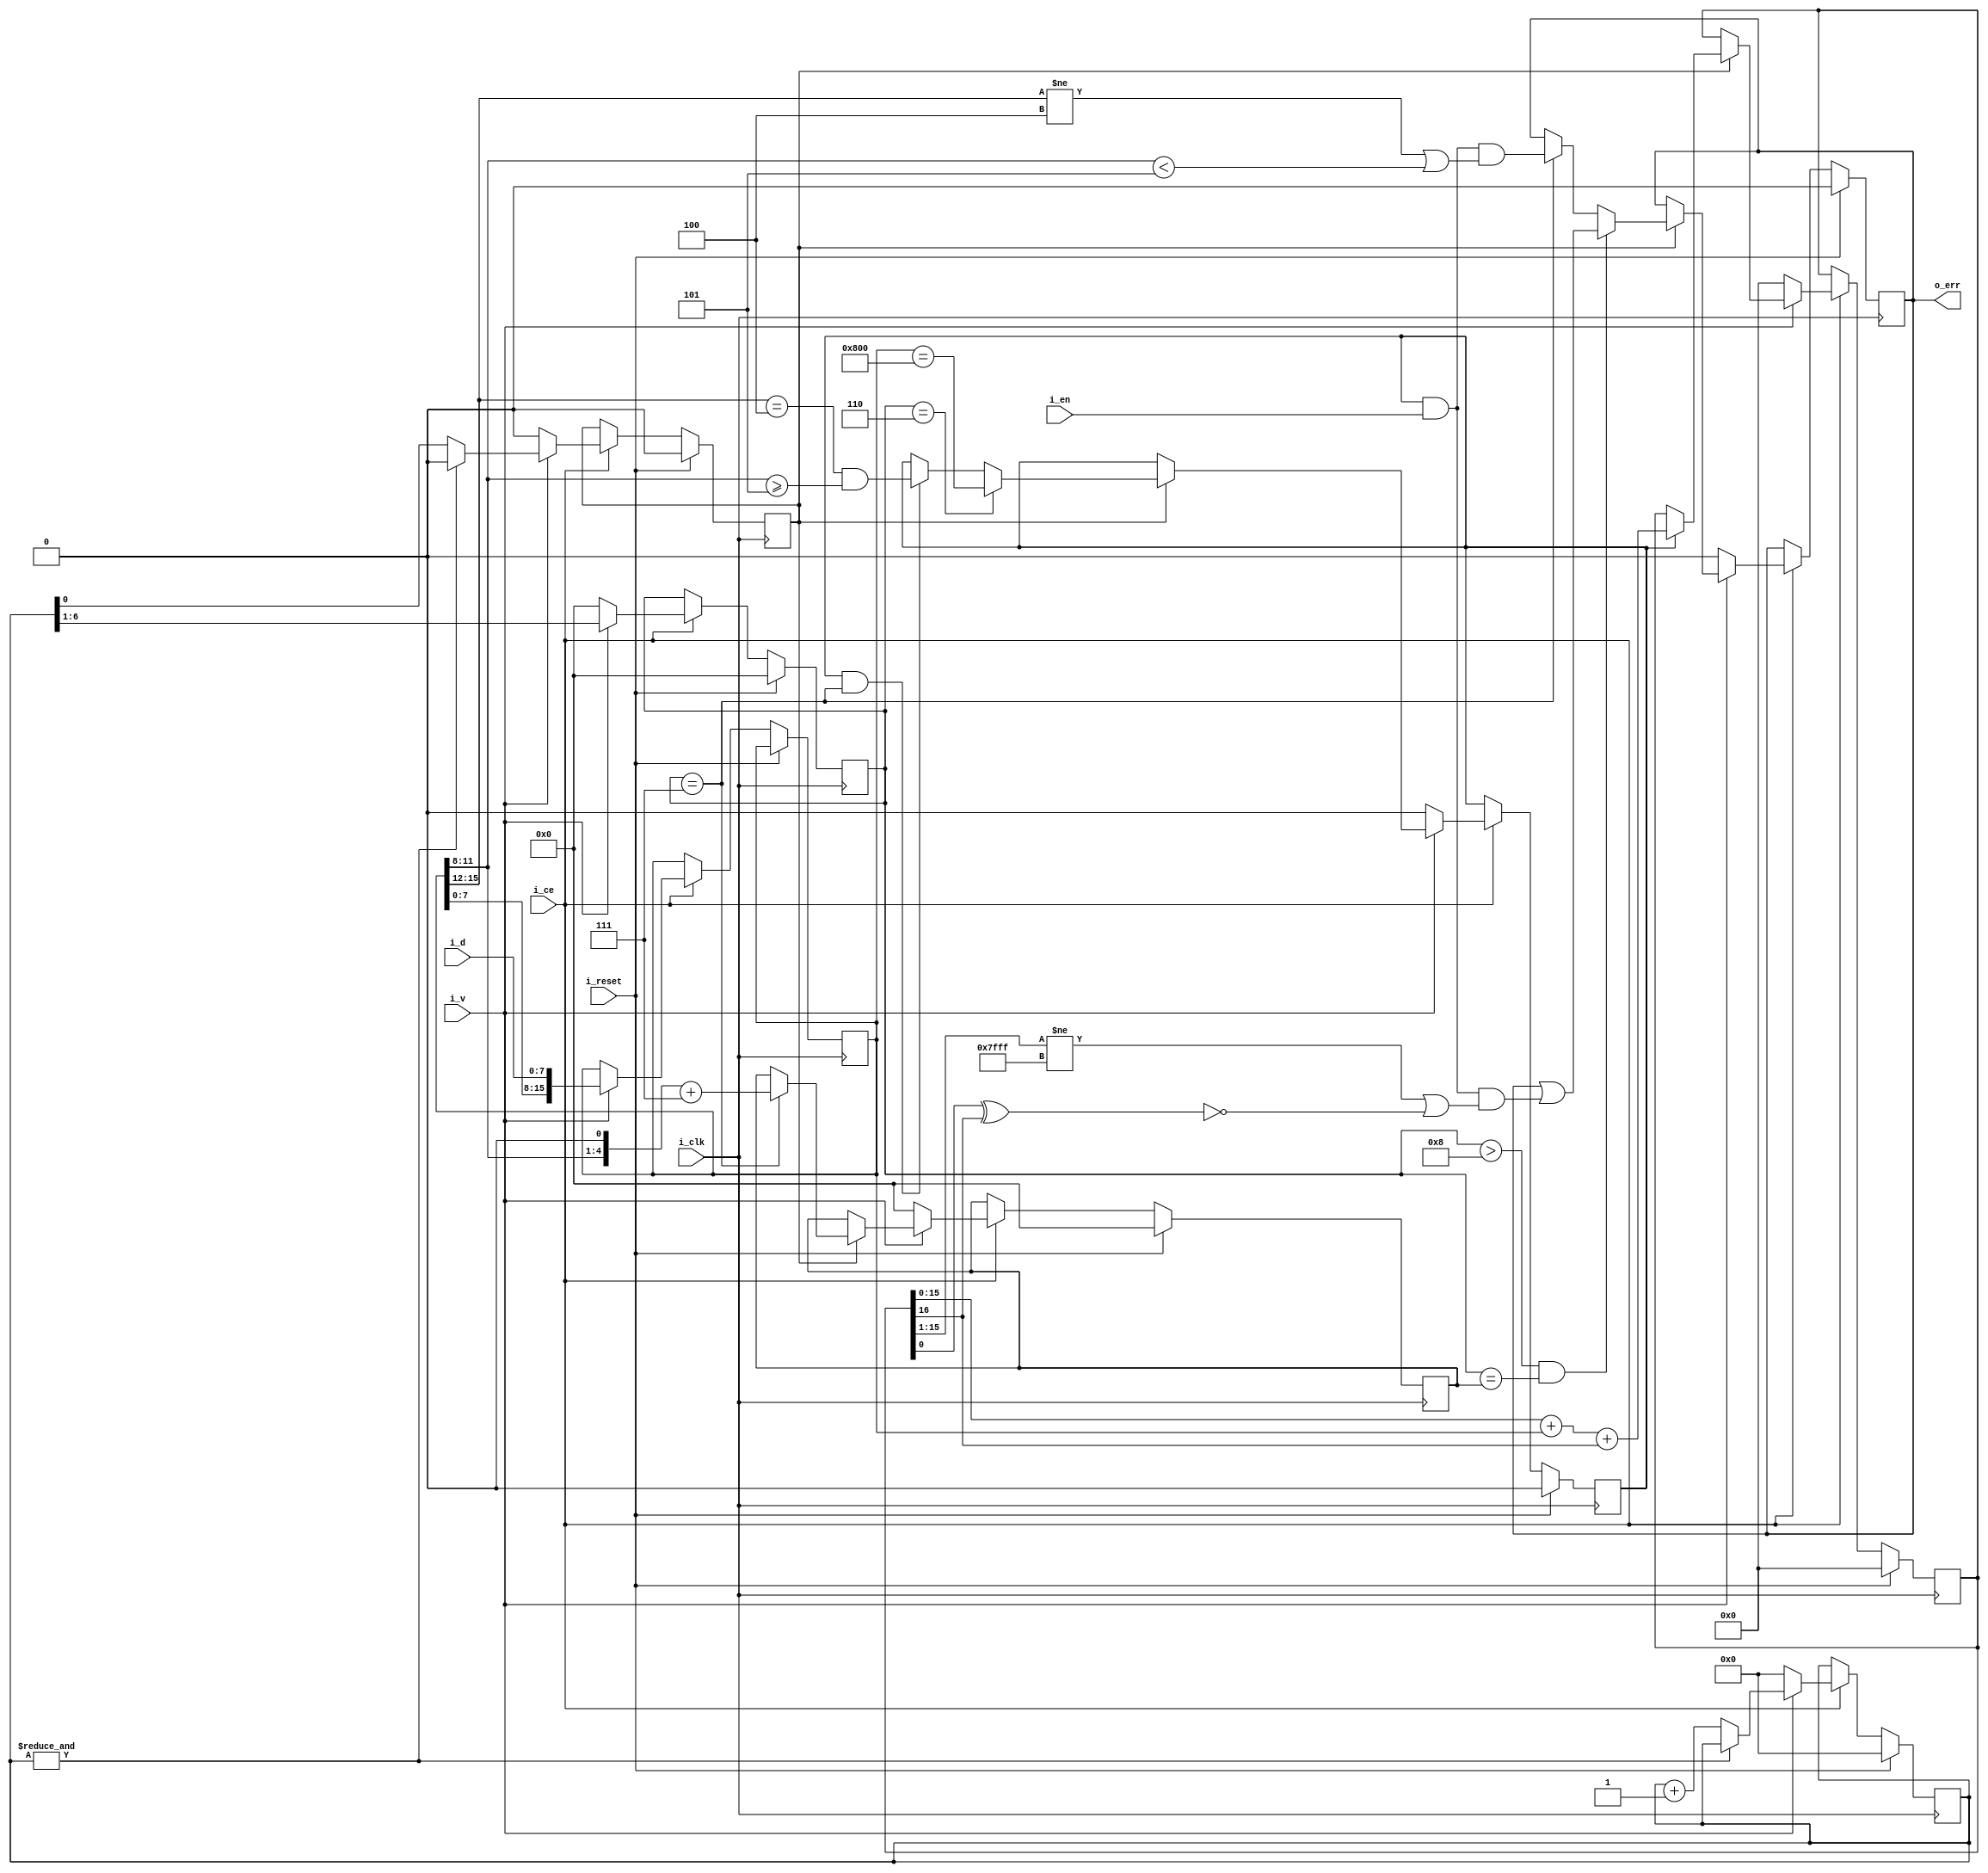
////////////////////////////////////////////////////////////////////////////////
//
//
// Project:	ZipVersa, Versa Brd implementation using ZipCPU infrastructure
//
// Purpose:	To cull any IP packets (EtherType=0x0806) from the stream
//		whose packet header checksums don't match.
//
// Creator:	Dan Gisselquist, Ph.D.
//		Gisselquist Technology, LLC
//
////////////////////////////////////////////////////////////////////////////////
//
// Copyright (C) 2019, Gisselquist Technology, LLC
//
// This program is free software (firmware): you can redistribute it and/or
// modify it under the terms of the GNU General Public License as published
// by the Free Software Foundation, either version 3 of the License, or (at
// your option) any later version.
//
// This program is distributed in the hope that it will be useful, but WITHOUT
// ANY WARRANTY; without even the implied warranty of MERCHANTIBILITY or
// FITNESS FOR A PARTICULAR PURPOSE.  See the GNU General Public License
// for more details.
//
// You should have received a copy of the GNU General Public License along
// with this program.  (It's in the $(ROOT)/doc directory.  Run make with no
// target there if the PDF file isn't present.)  If not, see
// <http://www.gnu.org/licenses/> for a copy.
//
// License:	GPL, v3, as defined and found on www.gnu.org,
//		http://www.gnu.org/licenses/gpl.html
//
//
////////////////////////////////////////////////////////////////////////////////
//
//
`default_nettype	none
//
module rxeipchk(i_clk, i_reset, i_ce, i_en, i_v, i_d, o_err);
	input	wire		i_clk, i_reset, i_ce, i_en;
	input	wire		i_v;	// Valid
	input	wire	[7:0]	i_d;	// Data nibble
	output	reg		o_err;

	reg		r_v;
	reg	[15:0]	r_word;
	reg	[6:0]	r_cnt;
	reg	[5:0]	r_idx;

	initial	r_cnt = 0;
	initial	r_idx = 0;
	initial	r_v   = 0;
	always @(posedge i_clk)
	if (i_reset)
	begin
		r_cnt <= 0;
		r_idx <= 0;
		r_v   <= 0;
	end else if (i_ce)
	begin
		if (!i_v)
		begin
			r_cnt <= 0;
			r_idx <= 0;
			r_v   <= 0;
		end else
		begin
			if (!(&r_cnt))
				r_cnt <= r_cnt + 1'b1;
			if (&r_cnt)
				r_v <= 1'b0;
			else
				r_v <= (r_cnt[0]);
			r_idx[5:0] <= r_cnt[6:1];
			r_word <= { r_word[7:0], i_d };
		end
	end

	reg		r_ip;
	reg	[5:0]	r_hlen;
	reg	[16:0]	r_check;
	initial	o_err   = 0;
	initial	r_check = 0;
	initial	r_ip    = 0;
	always @(posedge i_clk)
	if (i_reset)
	begin
		o_err   <= 0;
		r_check <= 0;
		r_ip    <= 0;
		r_hlen  <= 0;
	end else if (i_ce)
	begin
		if (!i_v)
		begin
			o_err   <= 0;
			r_check <= 0;
			r_ip    <= 0;
			r_hlen  <= 0;
		end else if (r_v) begin
			// Process 16'b words here
			if (r_idx == 6'h6)
				// Is this actually an IP packet?
				// Check the ethertype field
				r_ip <= (r_word == 16'h0800);
			else if ((r_ip)&&(r_idx == 6'h7))
				// Is this actually an IP packet?
				// Check the IP protocol version, make sure we
				// are ipv4
				r_ip <= ((r_word[15:12] == 4'h4)
						&&(r_word[11:8] >= 4'h5));
			// else if (r_idx == r_hlen)
			//	r_ip <= 1'b0;
			if (r_idx == 6'h7)
				r_hlen <= {r_word[11:8], 1'b0 } + 5'h7;
			if (r_idx == 6'h7)
				// It's an error if we aren't an IPv4 packet
				//  ... or being an IPv4 packet if the length
				// isn't at least 5 words
				o_err <= (r_ip)&&(i_en)
					&&((r_word[15:12] != 4'h4)
					||(r_word[11:8] < 4'h5));
			if ((r_idx > 6'h8)&&(r_idx == r_hlen))
				o_err <= (o_err) || ((r_ip)&&(i_en)&&
					((r_check[15:1] != 15'h7fff)
					||((r_check[0]^r_check[16])!=1'b1)));
			if (r_ip)
				r_check <= r_check[15:0] + r_word + { 15'h0, r_check[16]};
		end
	end

`ifdef	FORMAL
	reg		f_past_valid;
	reg	[15:0]	f_bytecount;
	reg	[23:0]	f_d;
	reg	[2:0]	f_v;

	initial	f_past_valid = 1'b0;
	always @(posedge i_clk)
		f_past_valid <= 1'b1;

	////////////////////////////////////////////////////////////////////////
	//
	// Incoming assumptions
	//
	always @(*)
	if (!f_past_valid)
		assume(i_reset);

	always @(posedge i_clk)
	if (!$past(i_ce))
		assume(i_ce);

	initial	assume(!i_v);
	always @(posedge i_clk)
	if ((!f_past_valid)||($past(i_reset)))
		assume(!i_v);

	always @(posedge i_clk)
	if ((f_past_valid)&&((i_v)||($past(i_v))))
		assume($stable(i_en));

	initial	f_bytecount = 0;
	always @(posedge i_clk)
	if (i_reset)
		f_bytecount <= 0;
	else if (i_ce)
	begin
		if (!i_v)
			f_bytecount <= 0;
		else
			f_bytecount <= f_bytecount + 1'b1;
	end

	always @(posedge i_clk)
	if (f_bytecount > 16'd32760)
		assume(!i_v);

	////////////////////////////////////////////////////////////////////////
	//
	// Safety properties / assumptions
	//
	initial	f_v = 0;
	always @(posedge  i_clk)
	if (i_reset)
		f_v <= 0;
	else if (i_ce)
		f_v <= { f_v[1:0], i_v };

	always @(posedge  i_clk)
	if (i_ce)
		f_d <= { f_d[15:0], i_d };

	always @(posedge i_clk)
	if (f_bytecount <= 7'h7f)
		assert(f_bytecount == { 9'h0, r_cnt[6:0] });
	else
		assert(&r_cnt);

	always @(posedge i_clk)
	if ((f_past_valid)&&(i_v)&&(f_bytecount == 17))
		assert(r_hlen == { f_d[19:16], 1'b0 } + 5'h7);
	
	always @(posedge i_clk)
	if ((!f_past_valid)||($past(i_reset)))
		assert(!r_ip);
	else if ((f_v[0])&&(f_bytecount == 15))
	begin
		// Bytes 11 and 12 must be 0x0800 in order for this to be an
		// IP (internet protocol) packet
		// f_bytecount is delayed by one, and then we look into the
		// past for this
		if ((f_d[23:16]==8'h08)&&(f_d[15:8]==8'h00))
			assert(r_ip);
		else
			assert(!r_ip);
	end else if ($past(r_ip)&&(f_bytecount == 17))
	begin
		if ((f_d[23:20] == 4'h4)&&(f_d[19:16] >= 4'h5))
			assert(r_ip);
		else
			assert(!r_ip);
	end else if (!f_v[0])
		assert(!r_ip);
	else
		assert($stable(r_ip));

	always @(posedge i_clk)
	if ((f_past_valid)&&(!$past(i_en)))
		assert(!o_err);

	wire	[15:0]	f_check;
	assign		f_check = r_check[15:0] + { 15'h0, r_check[16] };

	wire	[15:0]	f_check_when;
	assign		f_check_when = ({ 9'h0, r_hlen, 1'b0 } + 16'd3);

	wire	f_check_now;
	assign	f_check_now = (i_en)&&(f_bytecount == f_check_when)
				&&(f_bytecount >= 17);

	always @(posedge i_clk)
	if ((!f_past_valid)||($past(i_reset)))
		assert(!o_err);
	else if ((f_v[0])&&($past(r_ip))&&(r_ip)&&($past(i_en))
			&&($past(i_ce)))
	begin
		if ($past(o_err))
			assert(o_err);
		else if ($past(&r_cnt))
			assert($stable(o_err));
		else if (!f_check_now)
			assert(!o_err);
		else if ($past(f_check) != 16'hffff)
			assert( o_err);
	end else if ((f_past_valid)&&(r_cnt < 17))
		assert(!o_err);
	else if ((f_past_valid)&&(r_cnt > 17))
		assert($stable(o_err));

	always @(posedge i_clk)
	if ((f_past_valid)&&($past(i_ce))&&($past(!i_en || i_reset)))
		assert(!o_err);

	always @(posedge i_clk)
	if ((f_past_valid)&&($past(r_v))&&($past(i_ce)))
		assert(!r_v);

	always @(posedge i_clk)
	if (r_idx < 6'h7)
		assert(!r_ip);

	////////////////////////////////////////////////////////////////////////
	//
	// Cover properties
	//
	always @(posedge i_clk)
		cover(r_ip);
	always @(posedge i_clk)
		cover(o_err);

	always @(posedge i_clk)
		cover($fell(i_v) && !o_err && r_ip && !$past(i_reset));


	always @(posedge i_clk)
		cover(r_v && r_idx == 6'h6);
	always @(posedge i_clk)
		cover(r_v && r_idx == 6'h7);
	always @(posedge i_clk)
		cover(r_v && r_idx == 6'h7 && r_ip);
	always @(posedge i_clk)
		cover(r_v && r_idx == 6'h6 && r_word == 16'h0800);
	always @(posedge i_clk)
		cover(r_v && r_idx == 6'h7 && r_ip && r_word[15:8] == 8'h45);//!

	reg	f_long_pkt;
	initial	f_long_pkt = 0;
	always @(posedge i_clk)
	if (i_reset || !i_v)
		f_long_pkt <= 0;
	else if (r_idx == 6'h8 && r_ip && !o_err)
		f_long_pkt <= 1'b1;

	always @(posedge i_clk)
		cover(f_long_pkt && o_err);

`endif
endmodule